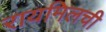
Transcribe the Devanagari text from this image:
रायमिलची